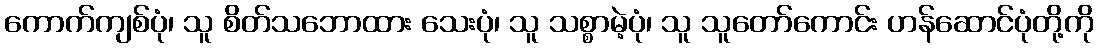
ကောက်ကျစ်ပုံ၊ သူ စိတ်သဘောထား သေးပုံ၊ သူ သစ္စာမဲ့ပုံ၊ သူ သူတော်ကောင်း ဟန်ဆောင်ပုံတို့ကို